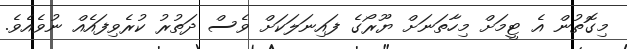
މިގޮތުން އެ ޓީމަށް މިހާތަނަށް ޔޫރޯގެ ފައިނަލަކަށް ވެސް ދަތުރު ކުރެވިފައެއް ނުވެއެވެ.